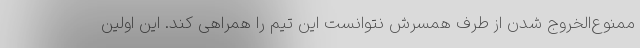
ممنوع‌الخروج شدن از طرف همسرش نتوانست این تیم را همراهی کند. این اولین